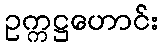
ဥက္ကဋ္ဌဟောင်း